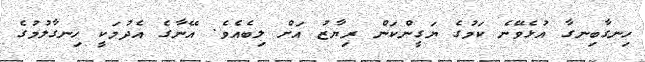
ހިނގާބިނގާ އުޅެވޭނެ ކަމުގެ ޔަގީންކަން ރިޔާޒު އަށް ލިބެއެވެ. އޭނާގެ އެދުމަކީ ހިނގާލުމުގެ